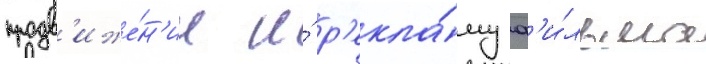
продв'иже́н'ие и́ р'екла́му ф'и́льма